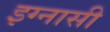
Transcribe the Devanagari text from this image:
इग्नासी